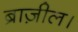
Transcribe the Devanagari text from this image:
ब्राज़ील।